Report of the Indian Hemp Drugs Commission, 1894-1895 - Volume VIII
Year: 1894
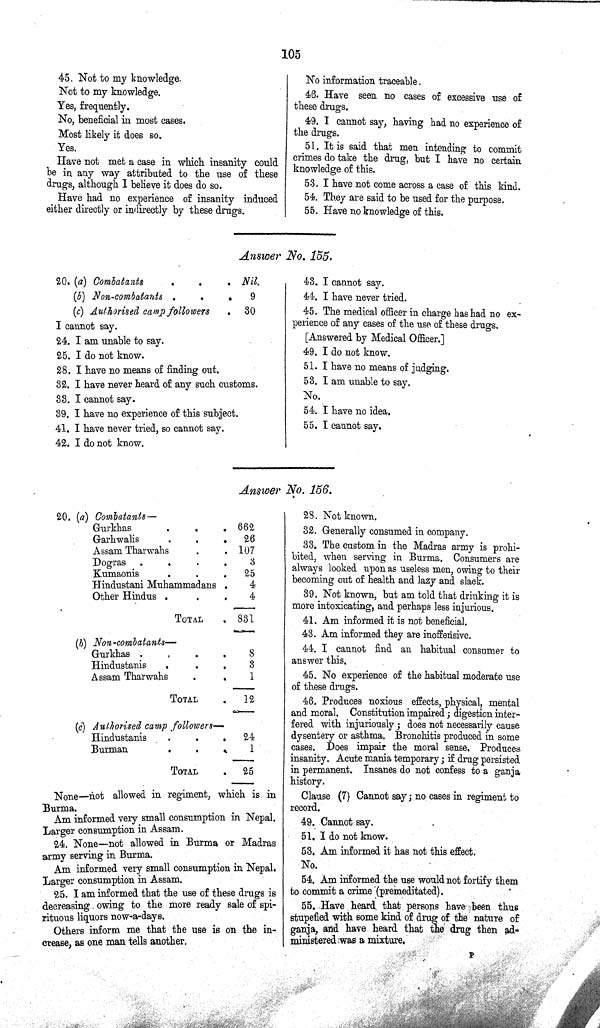
105
45. Not to my knowledge.
Not to my knowledge.
Yes, frequently.
No, beneficial in most cases.
Most likely it does so.
Yes.
Have not met a case in which insanity could
be in any way attributed to the use of these
drugs, although I believe it does do so.
Have had no experience of insanity induced
either directly or indirectly by these drugs.
No information traceable.
46. Have seen no cases of excessive use of
these drugs.
49. I cannot say, having had no experience of
the drugs.
51. It is said that men intending to commit
crimes do take the drug, but I have no certain
knowledge of this.
53. I have not come across a case of this kind.
54. They are said to be used for the purpose.
55. Have no knowledge of this.
Answer No. 155.
20. (a) Combatants
Nil.
(b) Non-combatants
9
(c) Authorised camp followers
30
I cannot say.
24. I am unable to say.
25. I do not know.
28. I have no means of finding out.
32. I have never heard of any such customs.
33. I cannot say.
39. I have no experience of this subject.
41. I have never tried, so cannot say.
42. I do not know.
43. I cannot say.
44. I have never tried.
45. The medical officer in charge has had no ex¬
perience of any cases of the use of these drugs.
[Answered by Medical Officer.]
49. I do not know.
51. I have no means of judging.
53. I am unable to say.
No.
54. I have no idea.
55. I cannot say.
Answer No. 156.
20. (a) Combatants—
Gurkhas
662
Garhwalis
26
Assam Tharwahs
107
Dogras
3
Kumaonis
25
Hindustani Muhammadans
4
Other Hindus
4
TOTAL
831
(b) Non-combatants—
Gurkhas
8
Hindustanis
3
Assam Tharwahs
1
TOTAL
12
(c) Authorised camp followers—
Hindustanis
24
Burman
1
TOTAL
25
None—not allowed in regiment, which is in
Burma.
Am informed very small consumption in Nepal.
Larger consumption in Assam.
24. None—not allowed in Burma or Madras
army serving in Burma.
Am informed very small consumption in Nepal.
Larger consumption in Assam.
25. I am informed that the use of these drugs is
decreasing owing to the more ready sale of spi¬
rituous liquors now-a-days.
Others inform me that the use is on the in¬
crease, as one man tells another.
28. Not known.
32. Generally consumed in company.
33. The custom in the Madras army is prohi¬
bited, when serving in Burma. Consumers are
always looked upon as useless men, owing to their
becoming out of health and lazy and slack.
39. Not known, but am told that drinking it is
more intoxicating, and perhaps less injurious.
41. Am informed it is not beneficial.
43. Am informed they are inoffensive.
44. I cannot find an habitual consumer to
answer this.
45. No experience of the habitual moderate use
of these drugs.
46. Produces noxious effects, physical, mental
and moral. Constitution impaired; digestion inter¬
fered with injuriously; does not necessarily cause
dysentery or asthma. Bronchitis produced in. some
cases. Does impair the moral sense. Produces
insanity. Acute mania temporary; if drug persisted
in permanent. Insanes do not confess to a ganja
history.
Clause (7) Cannot say; no cases in regiment to
record.
49. Cannot say.
51. I do not know.
53. Am informed it has not this effect.
No.
54. Am informed the use would not fortify them
to commit a crime (premeditated).
55. Have heard that persons have been thus
stupefied with some kind of drug of the nature of
ganja, and have heard that the drug then ad¬
ministered was a mixture.
P